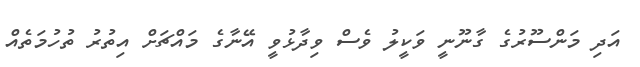
އަދި މަންސޫރުގެ ގާނޫނީ ވަކީލު ވެސް ވިދާޅުވީ އޭނާގެ މައްޗަށް އިތުރު ތުހުމަތެއް